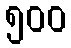
၅၀၀